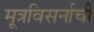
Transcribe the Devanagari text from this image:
मूत्रविसर्नाची